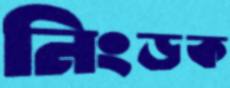
নিংড়ক